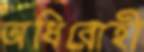
অধিরোহী